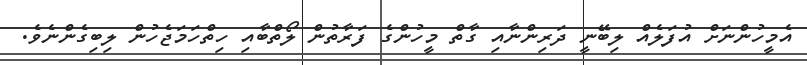
އެމީހުންނަށް އުފަލެއް ލިބޭނީ ދަރިންނާއި ގާތް މީހުންގެ ފަރާތުން ލޯތްބާއި ހިތްހަމަޖެހުން ލިބިގެންނެވެ.